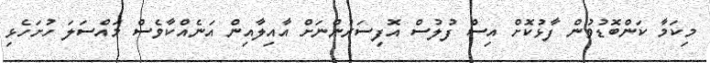
މިކަމާ ކަންބޮޑުވުން ފާޅުކޮށް އިސް ފުލުސް އޮފިސަރުންނަށް އާއިލާއިން އަނެއްކާވެސް މައްސަލަ ހުށަހެޅި